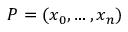
P = ( x _ { 0 } , \ldots , x _ { n } ) \,